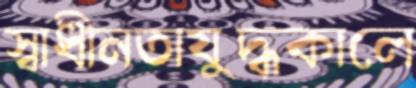
স্বাধীনতাযুদ্ধকালে